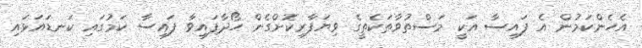
އެހެންކަމުން އެ ފައިސާ އަކީ މަސްތުވާތަކެތީގެ ވިޔަފާރިކޮށްގެން ހޯދާފައިވާ ފައިސާ ކަމުގައި ކަނޑައަޅައި